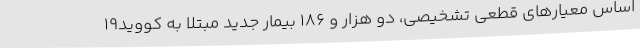
اساس معیارهای قطعی تشخیصی، دو هزار و 186 بیمار جدید مبتلا به کووید19